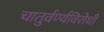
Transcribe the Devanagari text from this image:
चातुर्वर्ण्यविरोधी